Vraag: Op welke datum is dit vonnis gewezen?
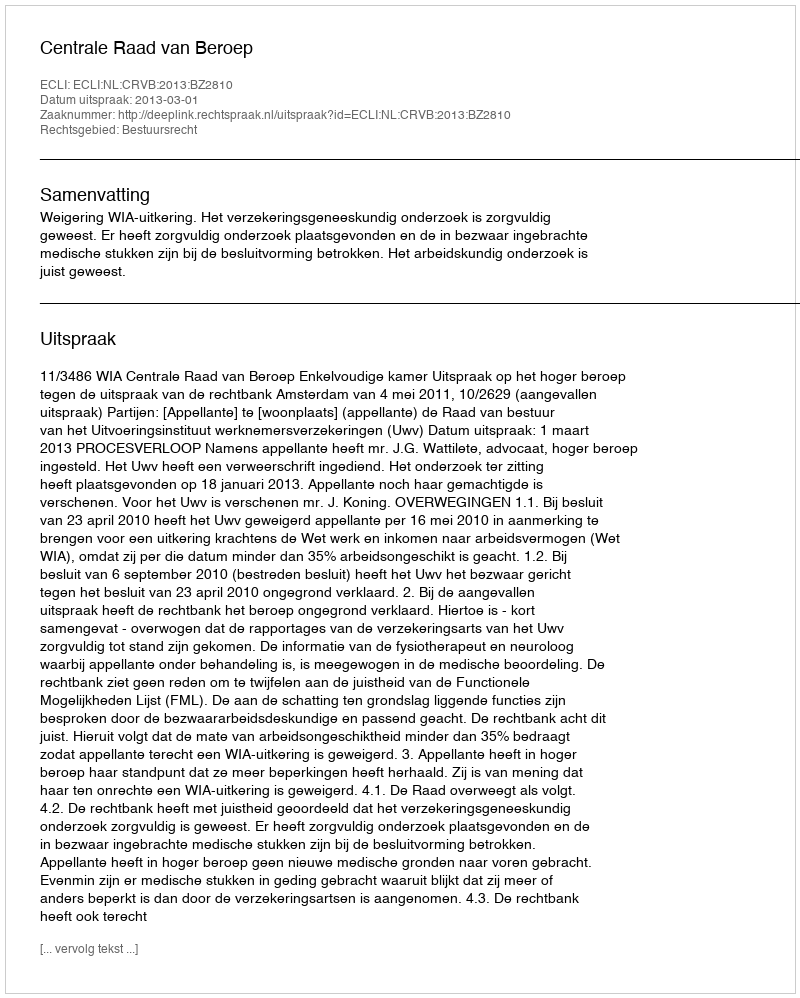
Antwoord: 2013-03-01